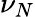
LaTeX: \nu_{N}